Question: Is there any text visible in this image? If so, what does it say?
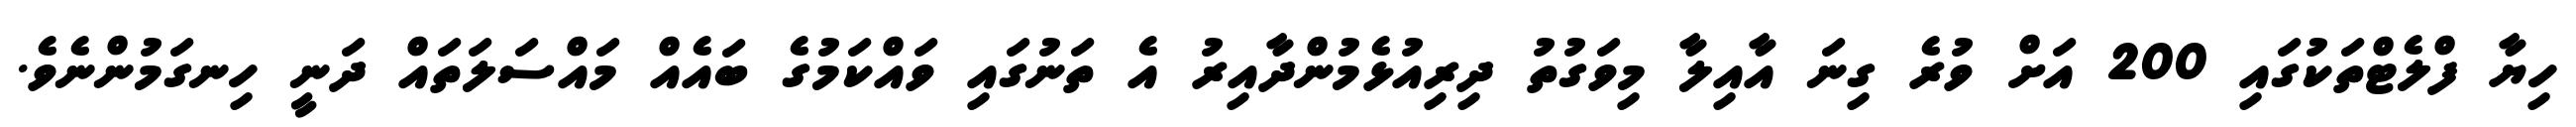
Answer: ހިޔާ ފްލެޓްތަކުގައި 200 އަށް ވުރެ ގިނަ އާއިލާ މިވަގުތު ދިރިއުޅެމުންދާއިރު އެ ތަނުގައި ވައްކަމުގެ ބައެއް މައްސަލަތައް ދަނީ ހިނގަމުންނެވެ.